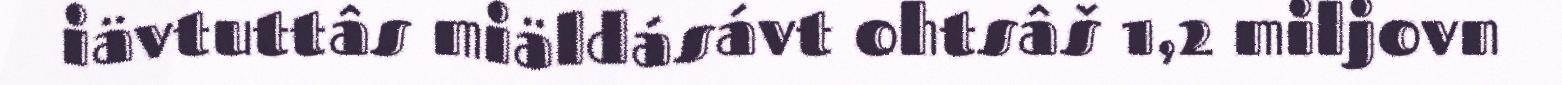
iävtuttâs miäldásávt ohtsâš 1,2 miljovn